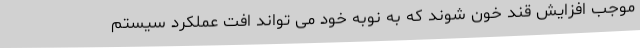
موجب افزایش قند خون شوند که به نوبه خود می تواند افت عملکرد سیستم